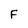
Character: F